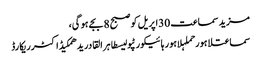
مزید سماعت 30اپریل کو صبح 8بجے ہو گی،
سماعتلاہورحملہلاہور ہائیکورٹپولیسطاہر القادریدھمکیڈاکٹرریکارڈ